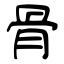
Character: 骨